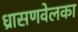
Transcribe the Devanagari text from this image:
ध्रासणवेलका